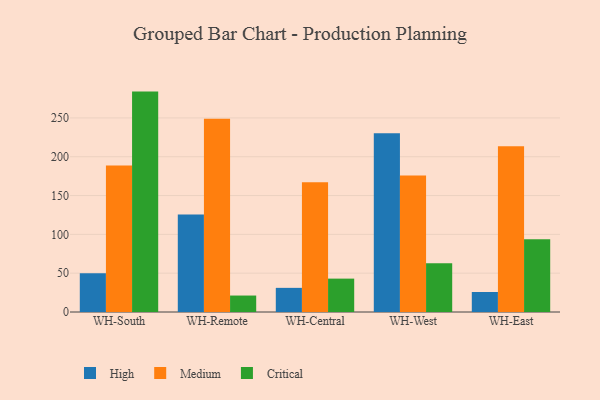
{"axis": {"x": "Warehouse", "y": "LTV (USD)"}, "legend": ["Critical", "High", "Medium"], "data": [{"x": "WH-South", "y": 50.0, "type": "High"}, {"x": "WH-South", "y": 188.7, "type": "Medium"}, {"x": "WH-South", "y": 283.9, "type": "Critical"}, {"x": "WH-Remote", "y": 125.6, "type": "High"}, {"x": "WH-Remote", "y": 249.0, "type": "Medium"}, {"x": "WH-Remote", "y": 21.2, "type": "Critical"}, {"x": "WH-Central", "y": 31.1, "type": "High"}, {"x": "WH-Central", "y": 167.1, "type": "Medium"}, {"x": "WH-Central", "y": 43.0, "type": "Critical"}, {"x": "WH-West", "y": 230.1, "type": "High"}, {"x": "WH-West", "y": 175.9, "type": "Medium"}, {"x": "WH-West", "y": 62.9, "type": "Critical"}, {"x": "WH-East", "y": 25.8, "type": "High"}, {"x": "WH-East", "y": 213.4, "type": "Medium"}, {"x": "WH-East", "y": 93.6, "type": "Critical"}]}